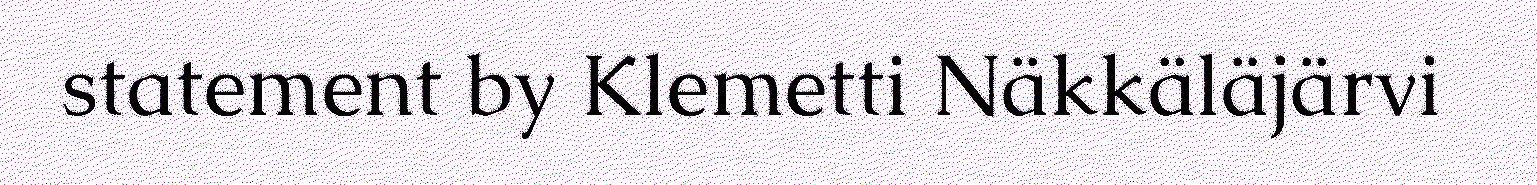
statement by Klemetti Näkkäläjärvi